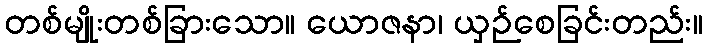
တစ်မျိုးတစ်ခြားသော။ ယောဇနာ၊ ယှဉ်စေခြင်းတည်း။